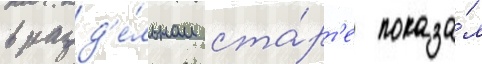
в разд'е́льном ста́рт'е показа́л